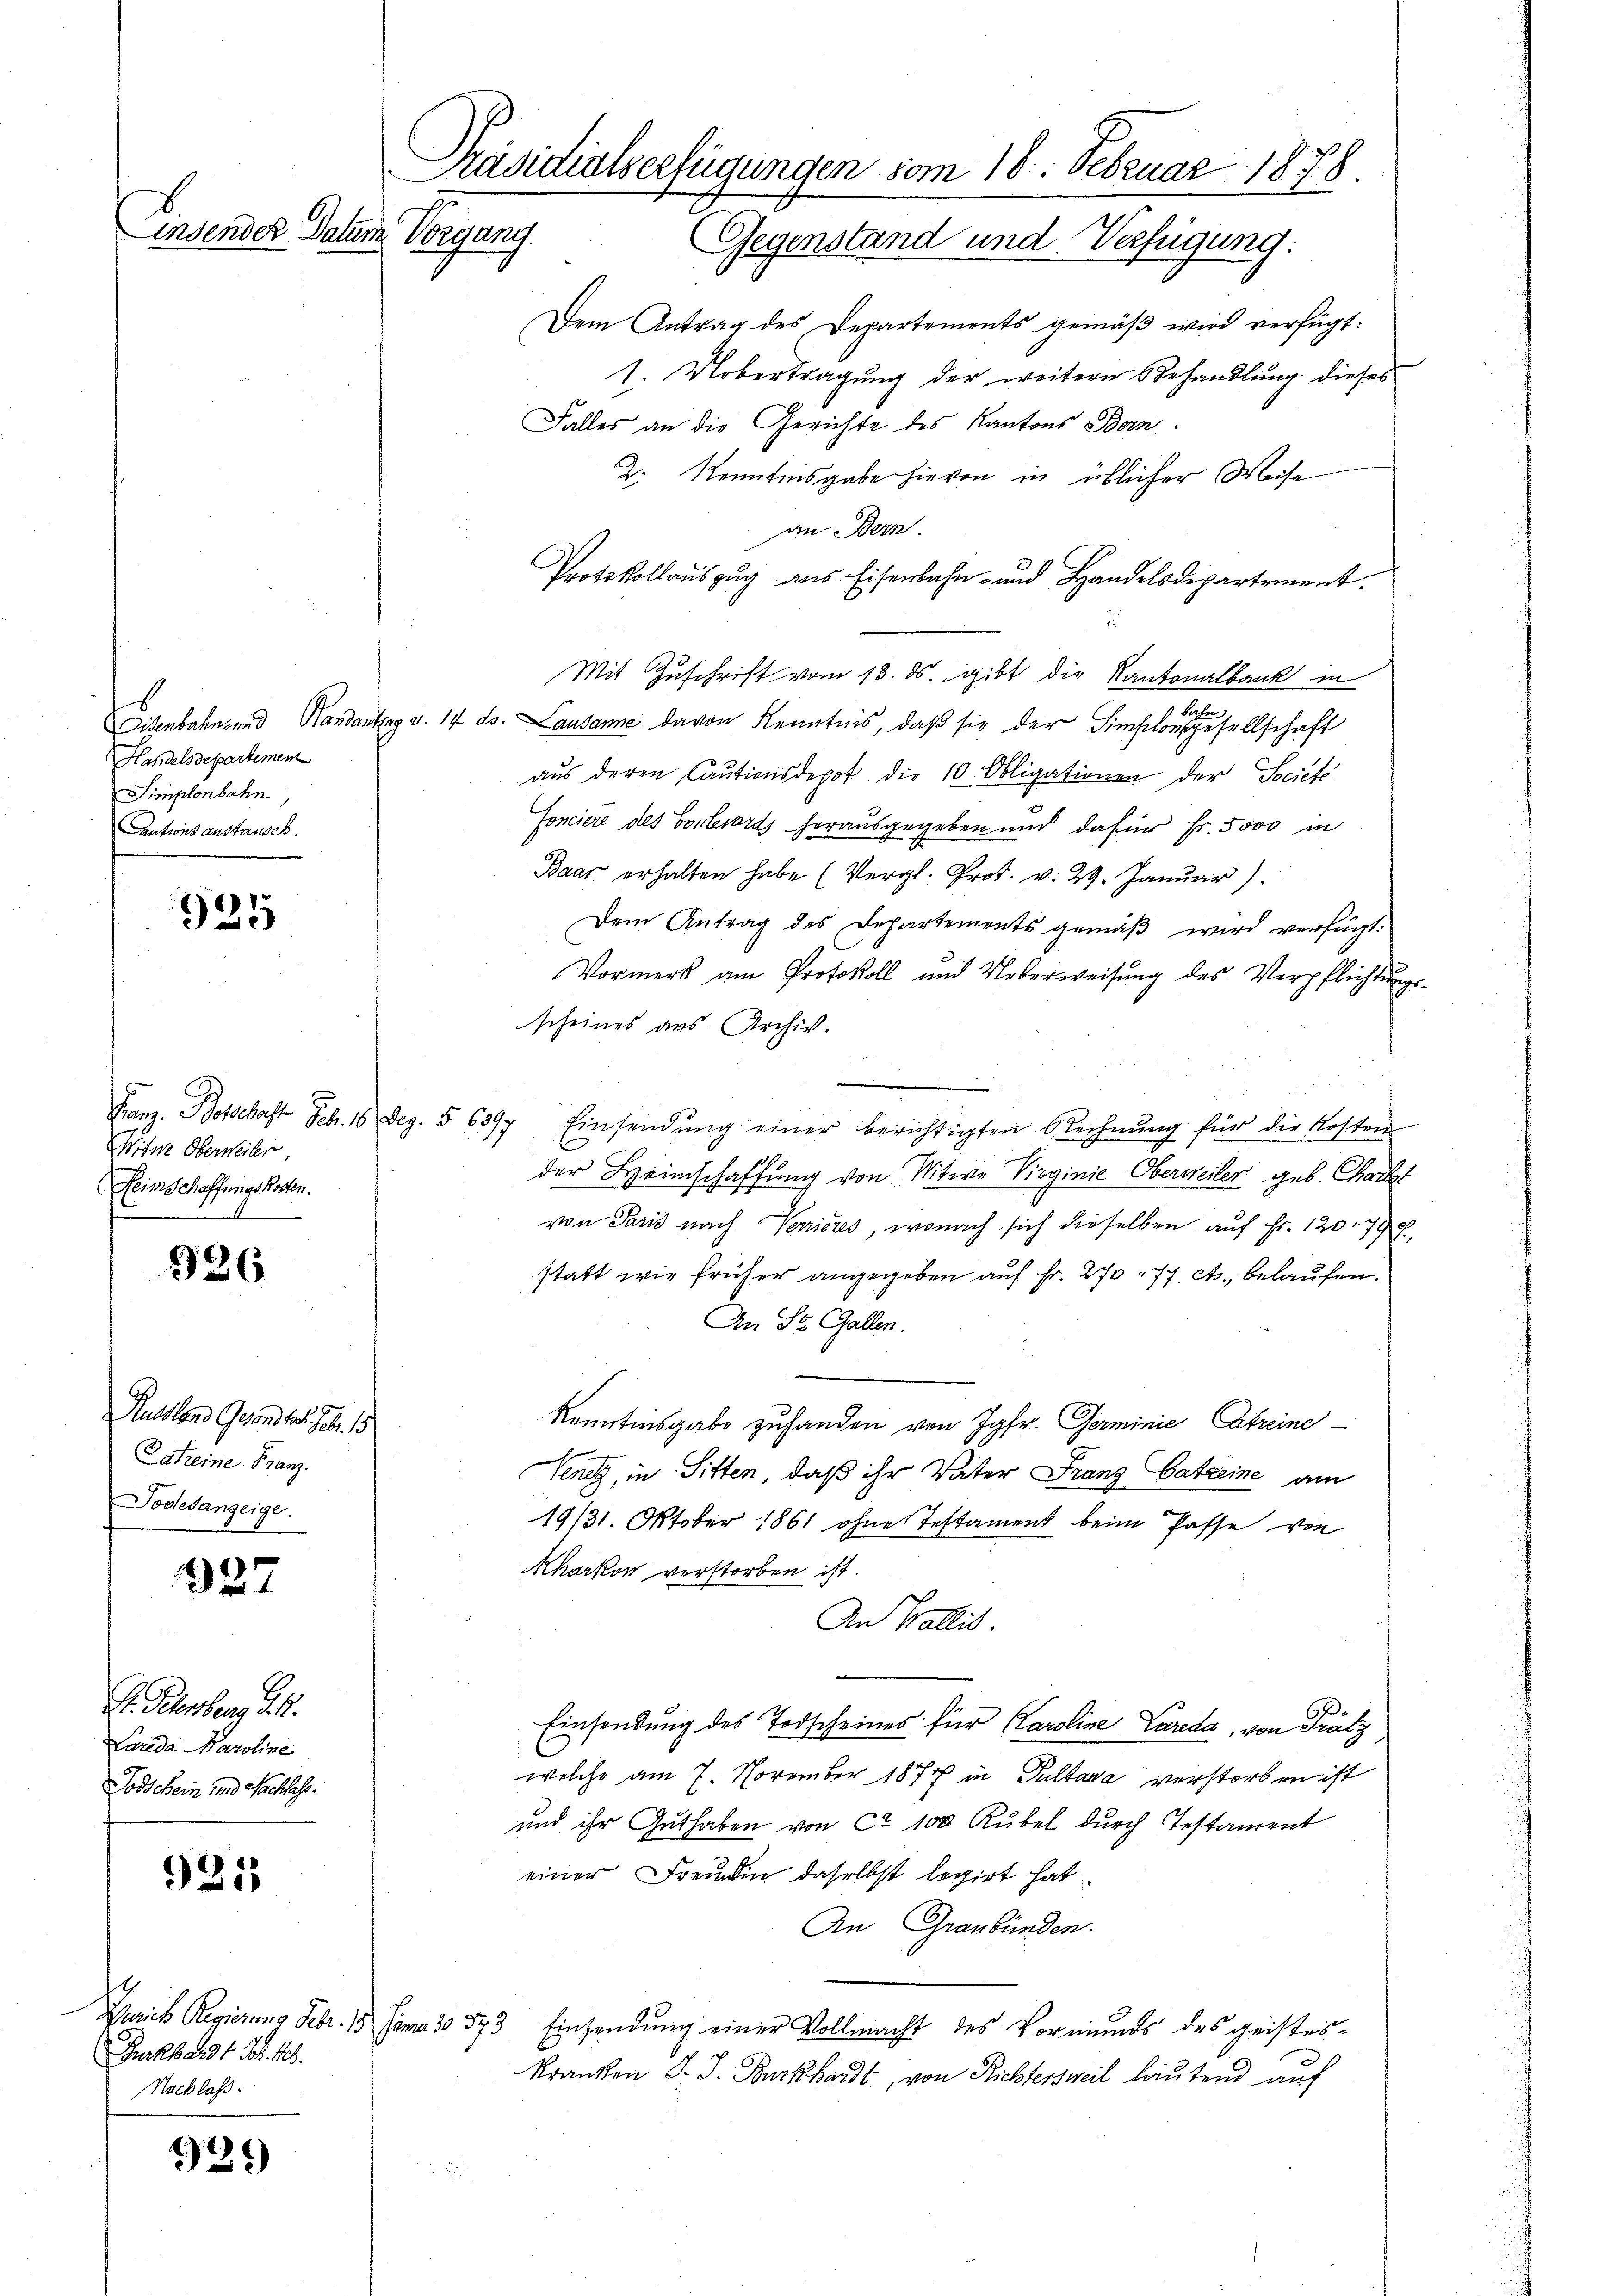
Handelsdepartemen
Simplonbahn,
Cantons anstausch.

925

Witwe Oberweiler,
Heimschaffungskosten.
E

926

Russland Gesand hat. Jos. 19
Lateine Franz.
Todesanzeige.

327

Gr. Petenberg 24.
Larida Karoline
Todschein und Nachlas.

921

Burkhardt d. Ms.
Nachlass.

939

Präsidialserfügungen vom 18. Februar 1878.
Einsendes Datum Vorgang.
Gegenstand und Verfügung:

Dem Antrag des Departements gemäß wird verfügt:
1. Uebertragung der weitern Behandlung dieses
Falles an die Gerichte des Kantons Bern
Z. Kenntnisgabe hievon in üblicher Weise
an Bern.
Protokollauszug aus Eisenbahn- und Handelsdepartement
Mit Zuschrift vom 13. ds. gibt die Kantonalbank in
Perfen
Eisenbahn- und Handantag v. 14. ds. Lausanne davon Kenntnis, daβ sie der Finslonsgesellschaft
aŭs deren Caŭtionsdepot die 10 Obligationen der Societe
Fonciere des Vorlesards herausgegeben und dafür Fr. 5000 in
Baar erhalten habe (Vergl. Prot. v. 29. Januar)
Dem Antrag des Departements gemäß wird verfügt:
Vormerk am Protokoll und Ueberweisŭng des Verpflichtŭngs-
scheines aus Archiv.
Fanz. Botschaft Febr. 18 Dez. § 6377, Einsendung einer berichtigten Rechnung für die Kosten
der Heimschaffung von Witwe Virginie Oberweiler geb. Chart
von Paris nach Venieres, wonach sich dieselben auf Fr. 120. 79 f.
statt wie früher angegeben auf Fr. 270, 77. et., belaufen.
An St. Gallen.
Kenntnisgabe zuhanden von Jgfr. Germinie Streine
Venet, in Sitten, daß ihr Vater Franz Batzeine am
19/31. Oktober 1861 ohne Testament beim Pässe von
Kharkon verstorben ist.
An Wallis.
Einsendung des Todscheines für Karoline Lareda, von Prätz
welche am 7. November 1874 in Pultana verstorben ist
und ihr Guthaben von ca 100 Kubel durch Testament
einer Freundin daselbst legirt hat
An Graubünden.
Gerich Regierung Febr. 15. Jena 30 573 Einsendung einer Vollmacht des Vormunds des geistes-
Kranken d. J. Burkhardt, von Richtersweil lautend auf